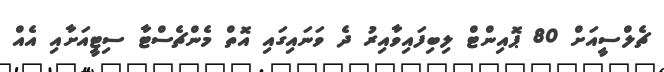
ޗެލްސީއަށް 80 ޕޮއިންޓް ލިބިފައިވާއިރު ދެ ވަނައިގައި އޮތް މެންޗެސްޓާ ސިޓީއަށާއި އެއް